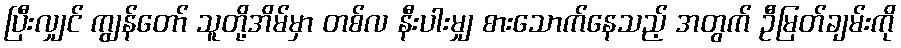
ပြီးလျှင် ကျွန်တော် သူတို့အိမ်မှာ တစ်လ နီးပါးမျှ စားသောက်နေသည့် အတွက် ဦမြတ်ချမ်းကို